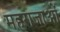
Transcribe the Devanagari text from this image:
महराजाओं